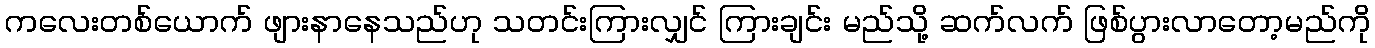
ကလေးတစ်ယောက် ဖျားနာနေသည်ဟု သတင်းကြားလျှင် ကြားချင်း မည်သို့ ဆက်လက် ဖြစ်ပွားလာတော့မည်ကို